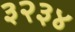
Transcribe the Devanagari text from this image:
३२३४